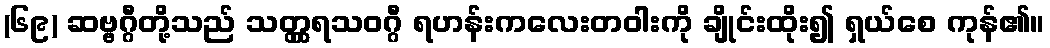
(၆၉) ဆဗ္ဗဂ္ဂီတို့သည် သတ္တ္ကရသဝဂ္ဂီ ရဟန်းကလေးတဝါးကို ချိုင်းထိုး၍ ရှယ်စေ ကုန်၏။